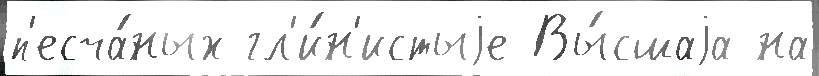
п'есча́ных гл'и́н'истыjе Вы́сшаjа на